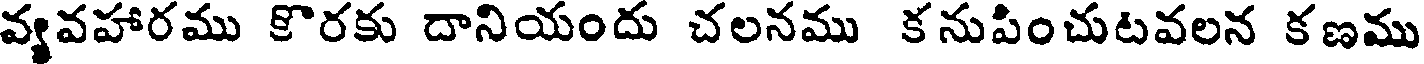
వ్యవహారము కొరకు దానియందు చలనము కనుపించుటవలన కణము